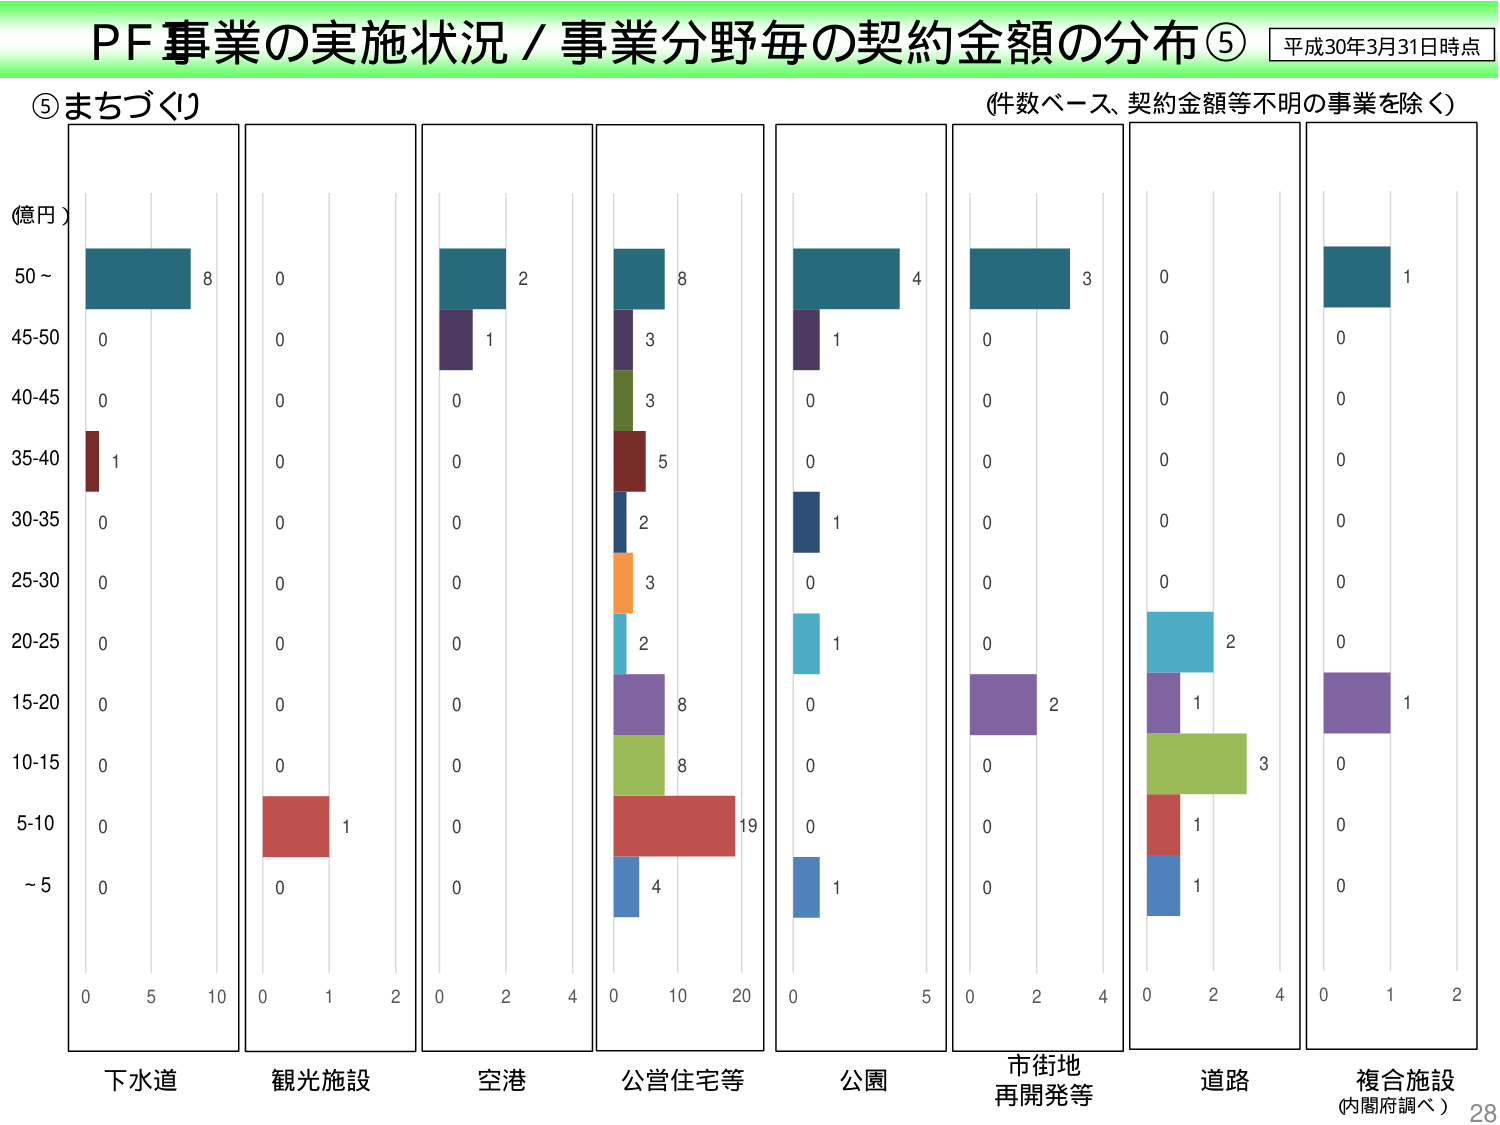
PF事業の実施状況／事業分野毎の契約金額の分布⑤ 平成30年3月31日時点
⑤まちづくり （件数ベース、契約金額等不明の事業を除く）
(億円)
50～ 8
45-50 0
40-45 0
35-40 1
30-35 0
25-30 0
20-25 0
15-20 0
10-15 0
5-10 0
～5 0
0 5 10
下水道
0 1 2
観光施設
0 2 4
空港
0 10 20
公営住宅等
0 5
公園
0 2 4
市街地
再開発等
0 2 4
道路
0 1 2
複合施設
(内閣府調べ)
28